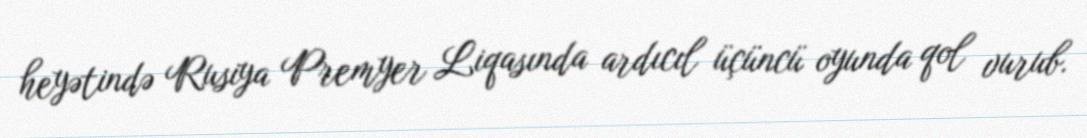
heyətində Rusiya Premyer Liqasında ardıcıl üçüncü oyunda qol vurub.